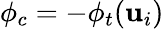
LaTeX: \phi_{c}=-\phi_{t}(\mathbf{u}_{i})